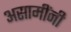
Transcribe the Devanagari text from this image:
असामींनी